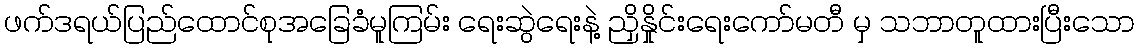
ဖက်ဒရယ်ပြည်ထောင်စုအခြေခံမူကြမ်း ရေးဆွဲရေးနဲ့ ညှိနှိုင်းရေးကော်မတီ မှ သဘာတူထားပြီးသော